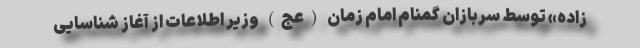
زاده» توسط سربازان گمنام امام زمان (عج) وزیر اطلاعات از آغاز شناسایی